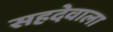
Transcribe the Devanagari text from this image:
सहदेवाला